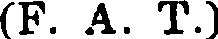
(F. A. T.)